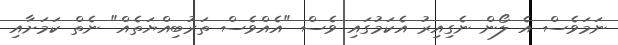
ނަމަވެސް އެ ލޯން ނެގިއިރު އެކަމުގައި ވެސް "އެއްވެސް ތަރުބިއްޔަތެއް" ނެތް ކަމަށާއި